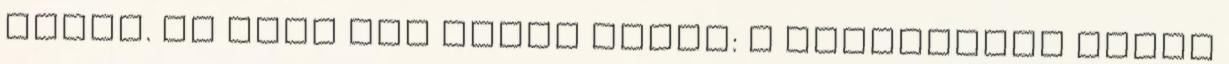
adott. Az időt sem lehet húzni: a pályázatot akkor